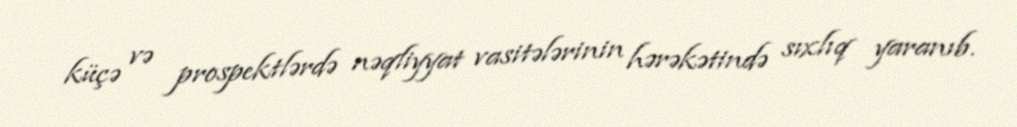
küçə və prospektlərdə nəqliyyat vasitələrinin hərəkətində sıxlıq yaranıb.